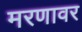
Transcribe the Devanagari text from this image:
मरणावर